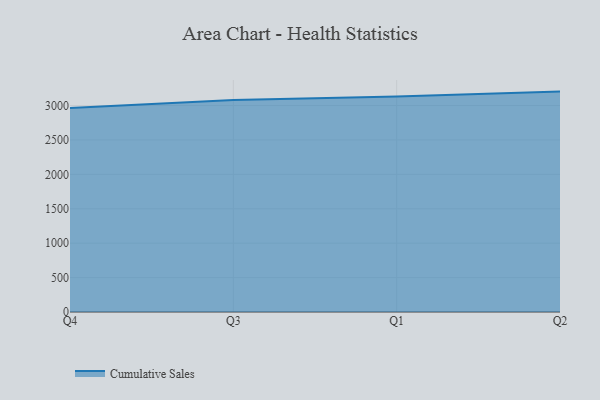
{"axis": {"x": "Quarter", "y": "Revenue (USD Million)"}, "legend": ["Cumulative Sales"], "data": [{"x": "Q4", "y": 2963.9, "type": "Cumulative Sales"}, {"x": "Q3", "y": 3079.3, "type": "Cumulative Sales"}, {"x": "Q1", "y": 3130.6, "type": "Cumulative Sales"}, {"x": "Q2", "y": 3202.2, "type": "Cumulative Sales"}]}